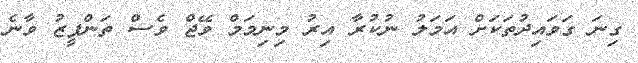
ގިނަ ގަވައިދުތަކަށް އަމަލު ނުކުރާ އިރު މިނިމަމް ވޭޖް ވެސް ތަންފީޒު ވާނެ